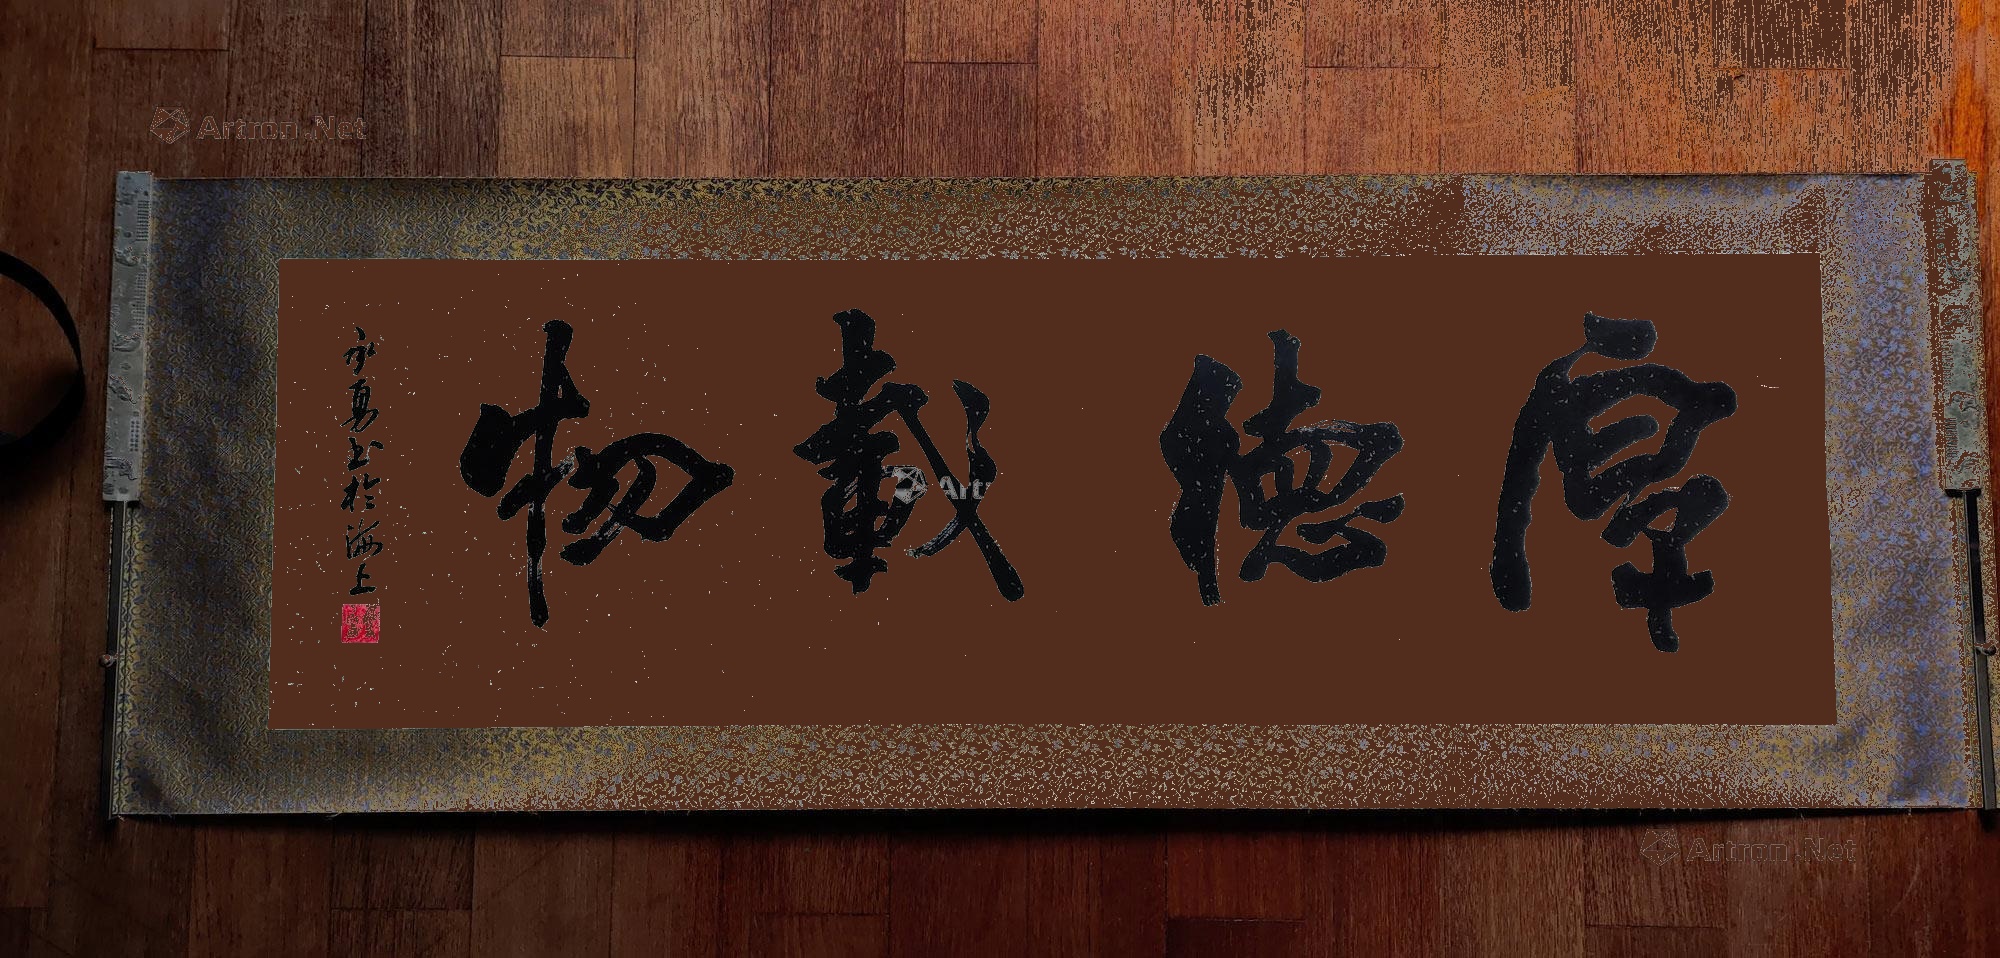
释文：厚德载物承勇书于海上